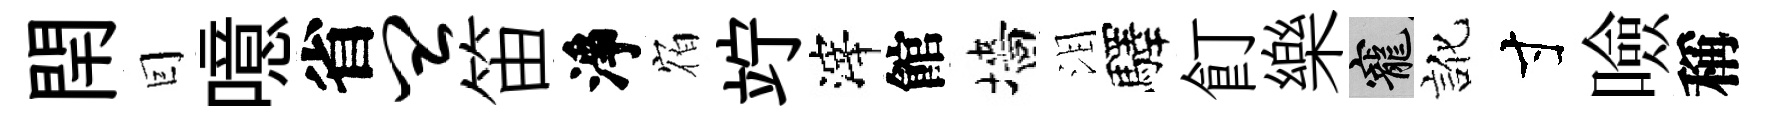
閈囙噫省皿笛淨𪧐竚滓館墻泪驛飣樂寵訛寸噞稱